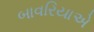
બાવરિયાએ